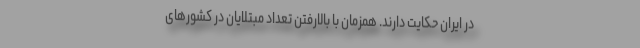
در ایران حکایت دارند. همزمان با بالارفتن تعداد مبتلایان در کشورهای